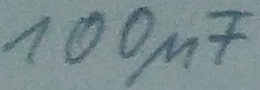
Text: 100µF